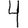
Digit: 4